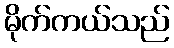
မိုက်ကယ်သည်